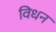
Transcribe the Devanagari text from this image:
विधन